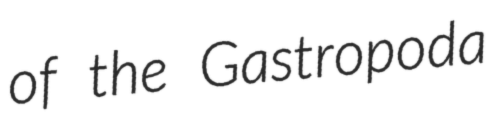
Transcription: of the Gastropoda